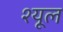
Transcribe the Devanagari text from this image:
श्यूल